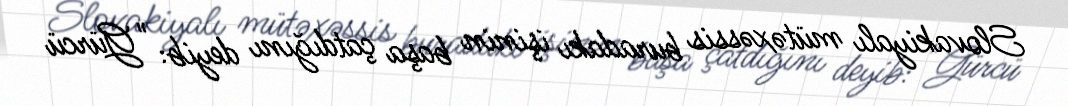
Slovakiyalı mütəxəssis buradakı işinin başa çatdığını deyib: "Gürcü